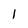
Character: 1